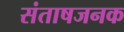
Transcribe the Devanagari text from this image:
संताषजनक